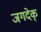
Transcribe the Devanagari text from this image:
जगदेक्